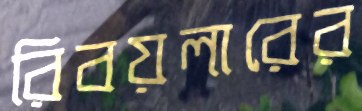
রিবয়লারের